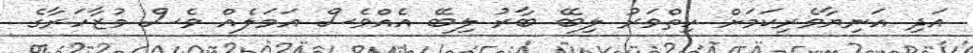
އަދި އަނިޔާވެރިކަމަށް ހިތްވަރު ލިބޭ ބާރު ލިބޭ އެއްވެސް އަމަލެއް ވެސް މުޒާހަރާގެ